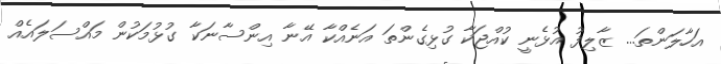
އަހާލަންތަ... ޒާލިފު އުޅެނީ ކުއްޖަކާ ގުޅިގެންތަ އަނެއްކާ އޭނާ އިންސާނަކާ ގުޅުމަކުން މައްސަލައެއް